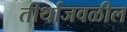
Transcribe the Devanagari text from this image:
तीर्थाजवळील